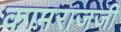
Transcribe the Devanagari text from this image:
कामराजजी